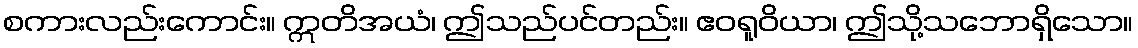
စကားလည်းကောင်း။ ဣတိအယံ၊ ဤသည်ပင်တည်း။ ဧဝရူဝိယာ၊ ဤသို့သဘောရှိသော။